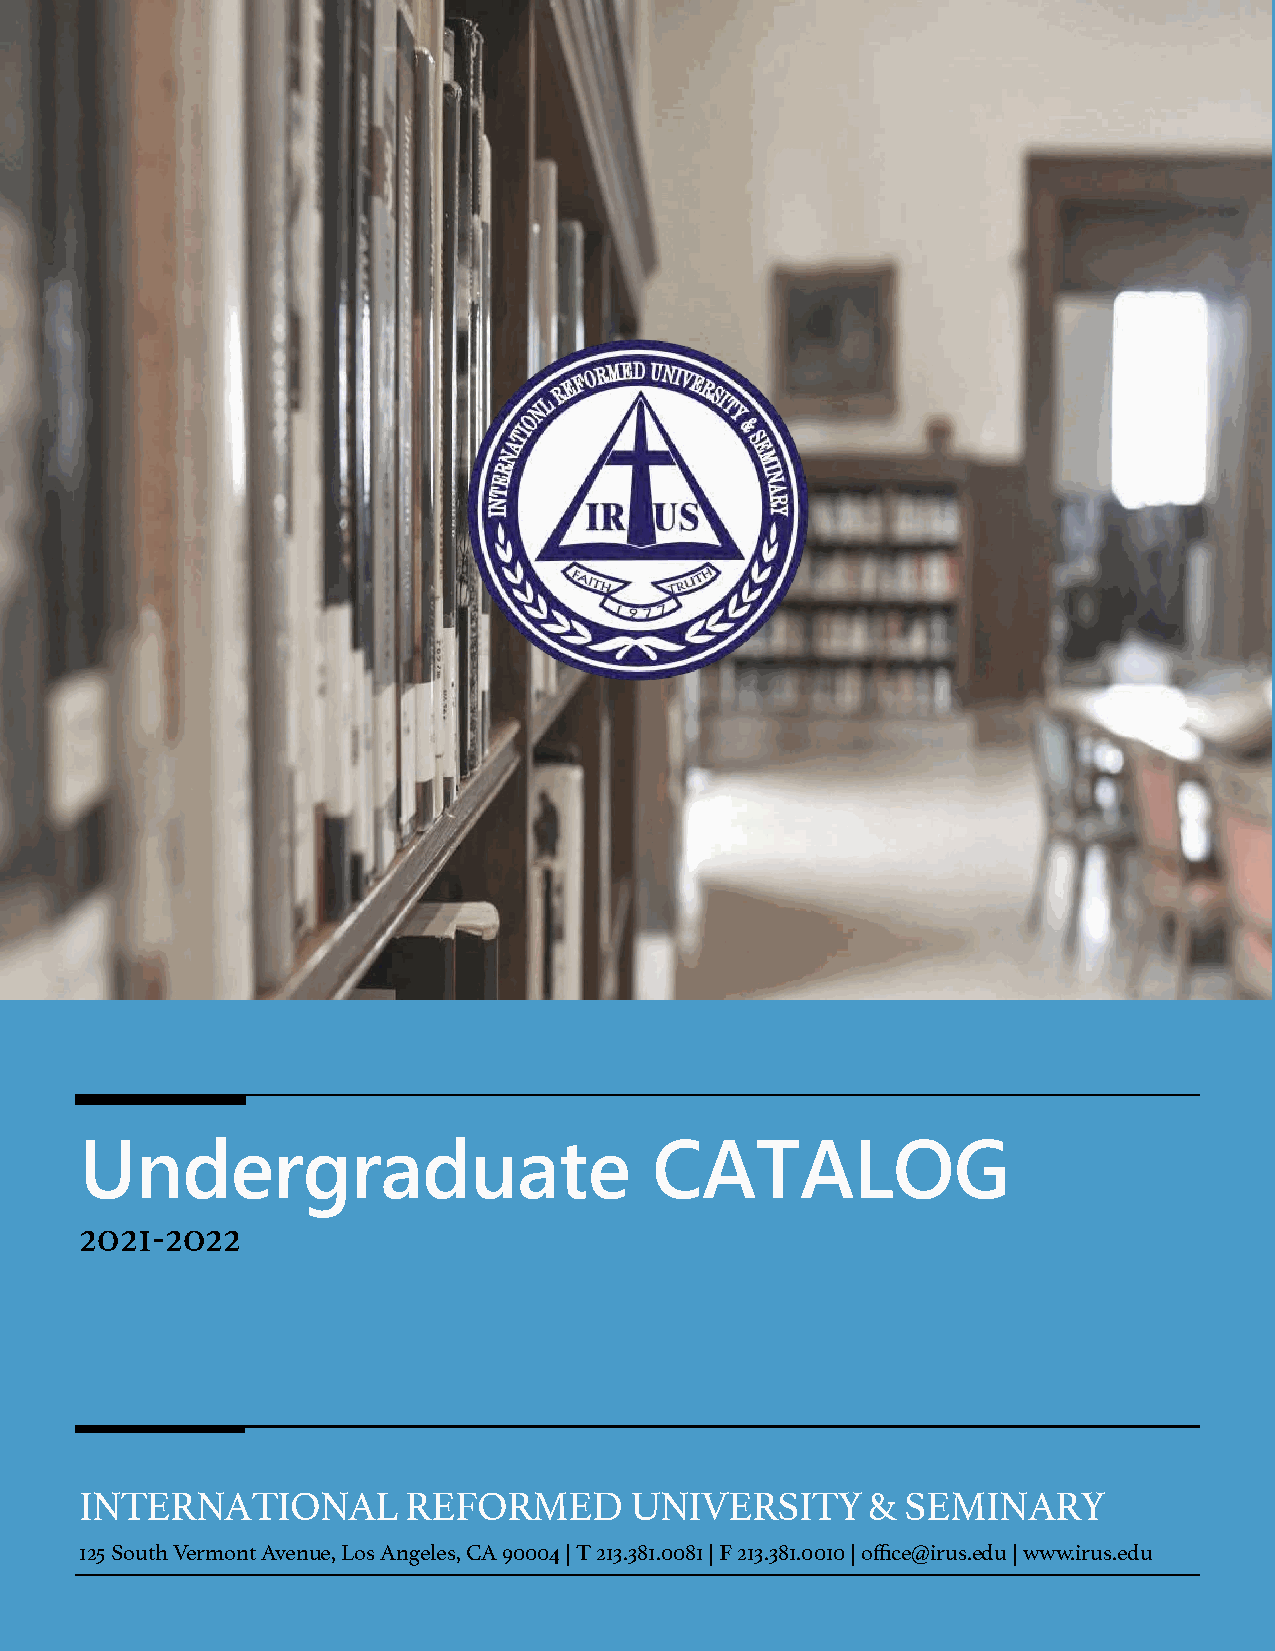
Undergraduate                         CATALOG
 2021-2022
 INTERNATIONAL         REFORMED       UNIVERSITY      & SEMINARY
 125 South Vermont Avenue, Los Angeles, CA 90004 | T 213.381.0081 | F 213.381.0010 | office@irus.edu | www.irus.edu